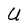
Character: U